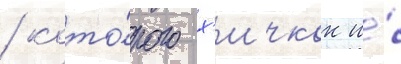
/ кото́рого х'ичкок и́